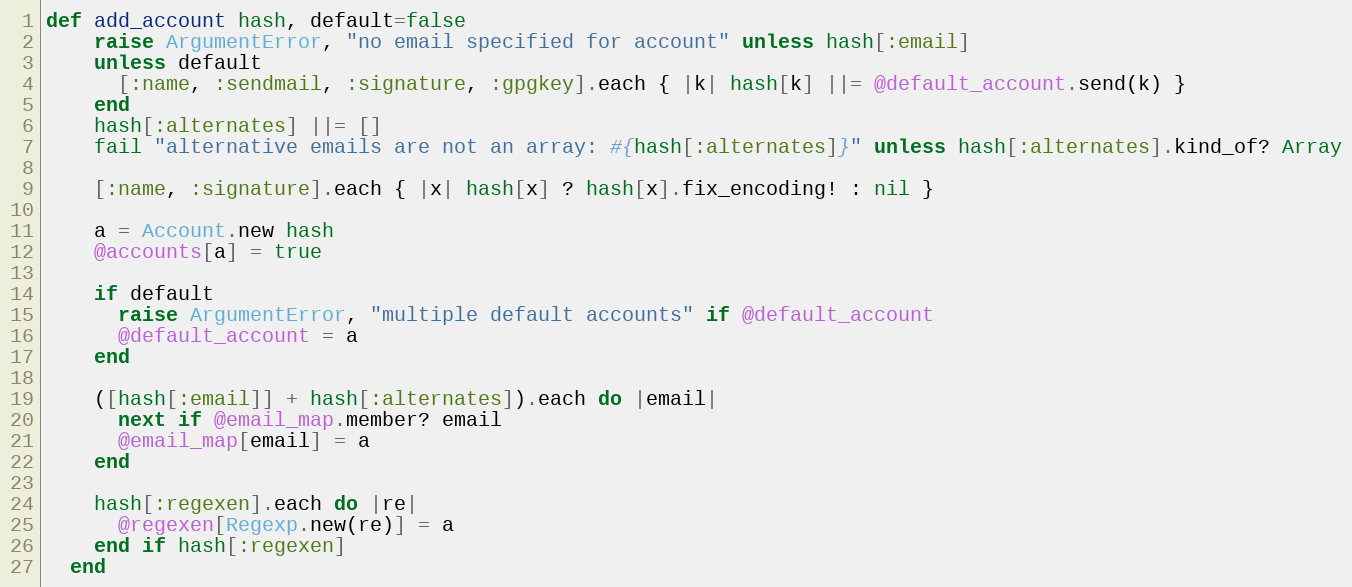
Language: Ruby
def add_account hash, default=false
    raise ArgumentError, "no email specified for account" unless hash[:email]
    unless default
      [:name, :sendmail, :signature, :gpgkey].each { |k| hash[k] ||= @default_account.send(k) }
    end
    hash[:alternates] ||= []
    fail "alternative emails are not an array: #{hash[:alternates]}" unless hash[:alternates].kind_of? Array

    [:name, :signature].each { |x| hash[x] ? hash[x].fix_encoding! : nil }

    a = Account.new hash
    @accounts[a] = true

    if default
      raise ArgumentError, "multiple default accounts" if @default_account
      @default_account = a
    end

    ([hash[:email]] + hash[:alternates]).each do |email|
      next if @email_map.member? email
      @email_map[email] = a
    end

    hash[:regexen].each do |re|
      @regexen[Regexp.new(re)] = a
    end if hash[:regexen]
  end